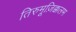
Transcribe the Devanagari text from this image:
तिरुमूज़िक्कलम